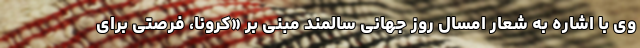
وی با اشاره به شعار امسال روز جهانی سالمند مبنی بر «کرونا، فرصتی برای